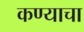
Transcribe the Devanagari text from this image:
कण्याचा